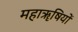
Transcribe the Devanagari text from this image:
महाॠषियों